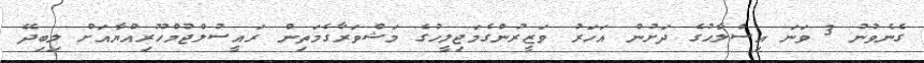
ގެނެވުނު 3 ވަނަ އިސްލާޙުގެ ދަށުން އަހަރު ވަޒީރުންގެމަޖިލީހުގެ މަޝްވަރާގެމަތިން ރައީސުލްޖުމްހޫރިއްޔާއަށް ލިބިދޭ